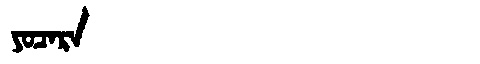
Manchu: ᠶᠣᠴᠠᡵᠠ
Romanization: YOCARA